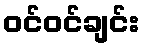
ဝင်ဝင်ချင်း